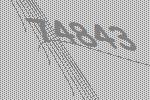
74843